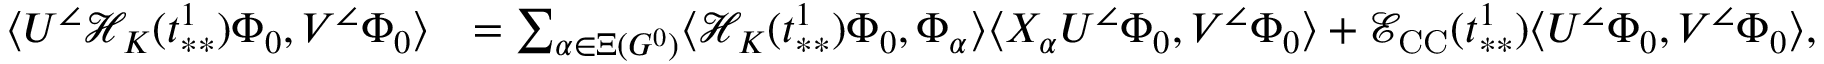
\begin{array} { r l } { \langle U ^ { \angle } \mathcal { H } _ { K } ( t _ { * * } ^ { 1 } ) \Phi _ { 0 } , V ^ { \angle } \Phi _ { 0 } \rangle } & { = \sum _ { \alpha \in \Xi ( G ^ { 0 } ) } \langle \mathcal { H } _ { K } ( t _ { * * } ^ { 1 } ) \Phi _ { 0 } , \Phi _ { \alpha } \rangle \langle X _ { \alpha } U ^ { \angle } \Phi _ { 0 } , V ^ { \angle } \Phi _ { 0 } \rangle + \mathcal { E } _ { \mathrm { C C } } ( t _ { * * } ^ { 1 } ) \langle U ^ { \angle } \Phi _ { 0 } , V ^ { \angle } \Phi _ { 0 } \rangle , } \end{array}